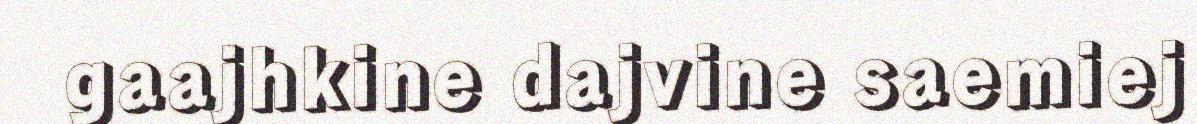
gaajhkine dajvine saemiej